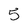
Character: 5